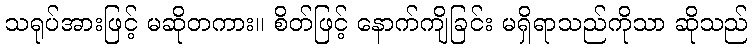
သရုပ်အားဖြင့် မဆိုတကား။ စိတ်ဖြင့် နောက်ကျိခြင်း မရှိရာသည်ကိုသာ ဆိုသည်